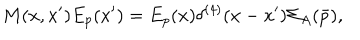
LaTeX: M ( x , x ^ { \prime } ) E _ { p } ( x ^ { \prime } ) = E _ { p } ( x ) \delta ^ { ( 4 ) } ( x - x ^ { \prime } ) { \Sigma } _ { A } ( \bar { p } ) ,